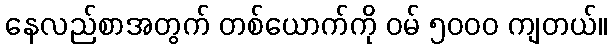
နေလည်စာအတွက် တစ်ယောက်ကို ဝမ် ၅၀၀၀ ကျတယ်။